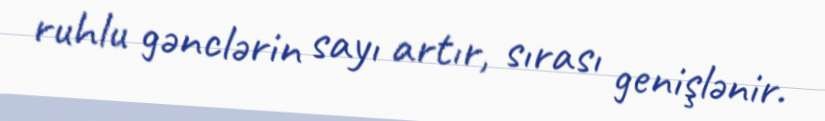
ruhlu gənclərin sayı artır, sırası genişlənir.